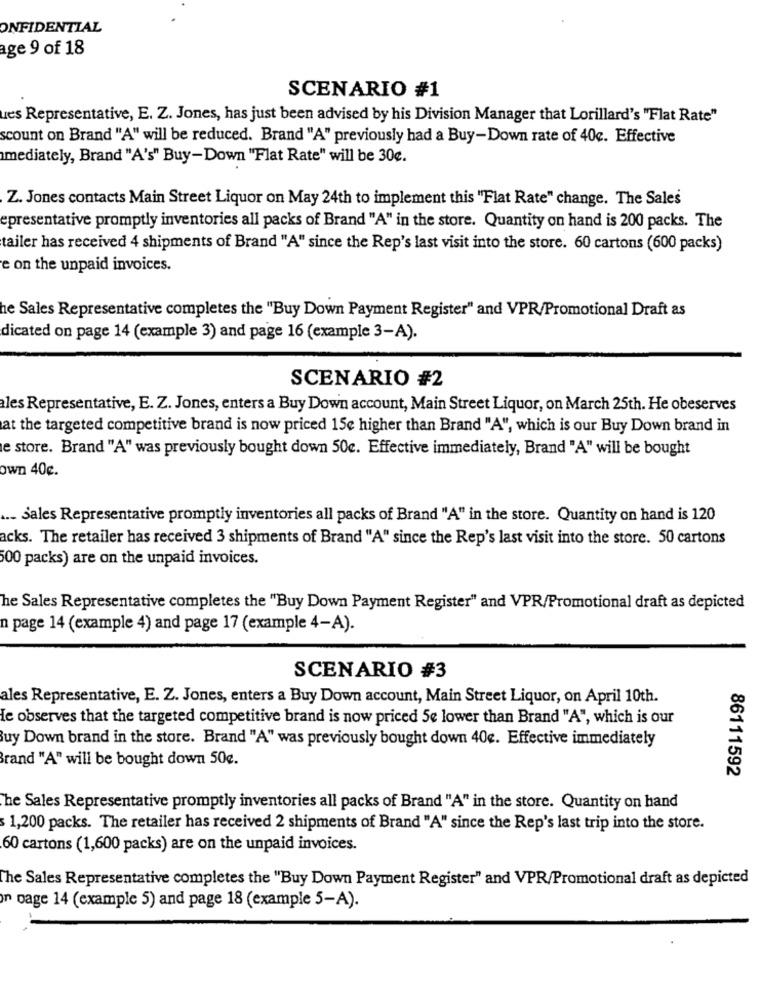
ONFIDENTIAL
ge 9 of 18
SCENARIO #1
ues Representative, E. Z. Jones, has just been advised by his Division Manager that Lorillard's "Flat Rate"
scount on Brand "A" will be reduced. Brand "A" previously had a Buy-Down rate of 40c. Effective
mediately, Brand "A's" Buy-Down "Flat Rate" will be 30c.
Z. Jones contacts Main Street Liquor on May 24th to implement this "Flat Rate" change. The Sales
epresentative promptly inventories all packs of Brand "A" in the store. Quantity on hand is 200 packs. The
tailer has received 4 shipments of Brand "A" since the Rep's last visit into the store. 60 cartons (600 packs)
e on the unpaid invoices.
he Sales Representative completes the "Buy Down Payment Register" and VPR/Promotional Draft as
dicated on page 14 (example 3) and page 16 (example 3-A).
SCENARIO #2
les Representative, E. Z. Jones, enters a Buy Down account, Main Street Liquor, on March 25th. He obeserves
at the targeted competitive brand is now priced 15e higher than Brand "A", which is our Buy Down brand in
e store. Brand "A" was previously bought down 50c. Effective immediately, Brand "A" will be bought
own 40c.
... sales Representative promptly inventories all packs of Brand "A" in the store. Quantity on hand is 120
acks. The retailer has received 3 shipments of Brand "A" since the Rep's last visit into the store. 50 cartons
500 packs) are on the unpaid invoices.
he Sales Representative completes the "Buy Down Payment Register" and VPR/Promotional draft as depicted
n page 14 (example 4) and page 17 (example 4-A).
SCENARIO #3
ales Representative, E. Z. Jones, enters a Buy Down account, Main Street Liquor, on April 10th.
Ie observes that the targeted competitive brand is now priced 5e lower than Brand "A", which is our
Buy Down brand in the store. Brand "A" was previously bought down 40€. Effective immediately
Brand "A" will be bought down 50g.
86111592
The Sales Representative promptly inventories all packs of Brand "A" in the store. Quantity on hand
$1,200 packs. The retailer has received 2 shipments of Brand "A" since the Rep's last trip into the store.
60 cartons (1,600 packs) are on the unpaid invoices.
The Sales Representative completes the "Buy Down Payment Register" and VPR/Promotional draft as depicted
n page 14 (example 5) and page 18 (example 5-A).